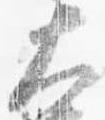
大